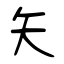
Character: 矢